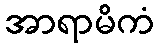
အာရာမိကံ